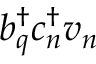
b _ { q } ^ { \dagger } c _ { n } ^ { \dagger } v _ { n }